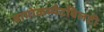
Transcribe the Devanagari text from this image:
बायोकम्पैटबिलटी